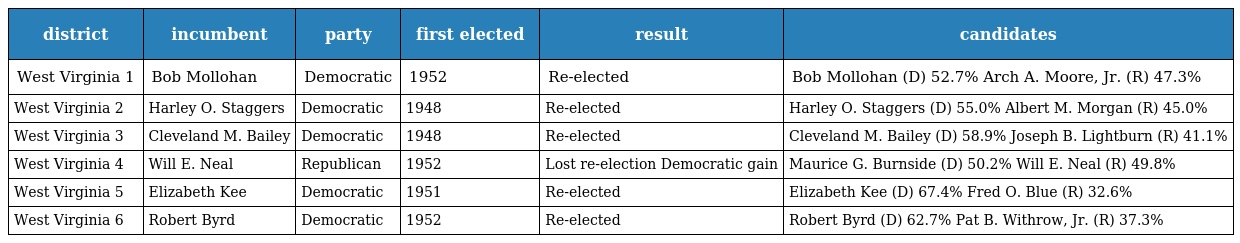
| district | incumbent | party | first elected | result | candidates |
 | --- | --- | --- | --- | --- | --- |
 | West Virginia 1 | Bob Mollohan | Democratic | 1952 | Re-elected | Bob Mollohan (D) 52.7% Arch A. Moore, Jr. (R) 47.3% |
 | West Virginia 2 | Harley O. Staggers | Democratic | 1948 | Re-elected | Harley O. Staggers (D) 55.0% Albert M. Morgan (R) 45.0% |
 | West Virginia 3 | Cleveland M. Bailey | Democratic | 1948 | Re-elected | Cleveland M. Bailey (D) 58.9% Joseph B. Lightburn (R) 41.1% |
 | West Virginia 4 | Will E. Neal | Republican | 1952 | Lost re-election Democratic gain | Maurice G. Burnside (D) 50.2% Will E. Neal (R) 49.8% |
 | West Virginia 5 | Elizabeth Kee | Democratic | 1951 | Re-elected | Elizabeth Kee (D) 67.4% Fred O. Blue (R) 32.6% |
 | West Virginia 6 | Robert Byrd | Democratic | 1952 | Re-elected | Robert Byrd (D) 62.7% Pat B. Withrow, Jr. (R) 37.3% |